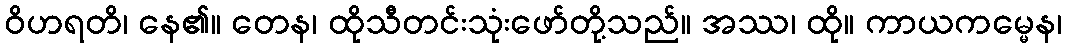
ဝိဟရတိ၊ နေ၏။ တေန၊ ထိုသီတင်းသုံးဖော်တို့သည်။ အဿ၊ ထို။ ကာယကမ္မေန၊